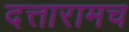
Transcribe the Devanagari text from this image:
दत्तारामच